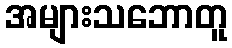
အများသဘောတူ